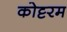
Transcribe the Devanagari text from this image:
कोट्टरम